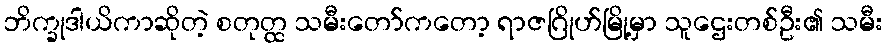
ဘိက္ခုဒါယိကာဆိုတဲ့ စတုတ္ထ သမီးတော်ကတော့ ရာဇဂြိုဟ်မြို့မှာ သူဌေးတစ်ဦး၏ သမီး